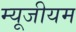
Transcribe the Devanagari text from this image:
म्‍यूजीयम